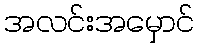
အလင်းအမှောင်